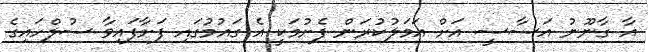
އާ ގާނޫނު އަސާސީ އަށް އަމަލުކުރަން ފެށުމަކީ އެ ގައުމުގައި ފަށާފައިވާ ސުލްހައިގެ